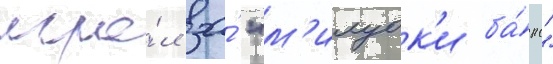
игра́л за́ "м'илуок'и ба́кс"